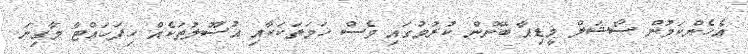
އެހެންކަމުން ސޯޝަލް މީޑިއާ ބޭނުން ކުރުމުގައި ވެސް ހަމަތަކަކާއި އުސޫލުތަކެއް ހިފަހައްޓާ މާގިނަ